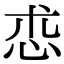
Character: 怷